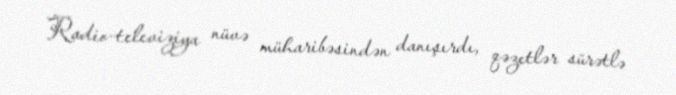
Radio-televiziya nüvə müharibəsindən danışırdı, qəzetlər sürətlə